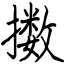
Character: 擞